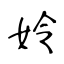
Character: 姈